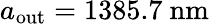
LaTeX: a_{\mathrm{out}}=1385.7\ \mathrm{nm}